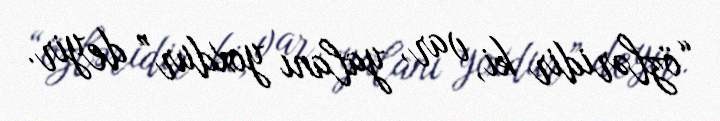
“özləridir ki, var, yalanı yoxdur” deyir.